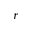
r